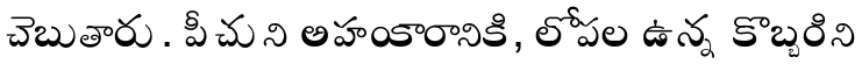
చెబుతారు. పీచుని అహంకారానికి, లోపల ఉన్న కొబ్బరిని